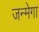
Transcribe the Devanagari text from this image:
जन्मेगा